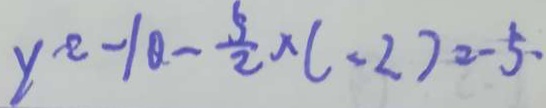
y ^ { 2 } - 1 0 - \frac { 5 } { 2 } \times ( - 2 ) = - 5 .